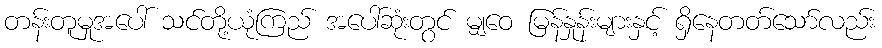
တန်းတူမှုအပေါ် သင်တို့ယုံကြည် အပေါ်ဆုံးတွင် မျှဝေ မြန်နှုန်းများနှင့် ရှိနေတတ်သော်လည်း